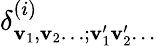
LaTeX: \delta_{\mathbf{v}_{1},\mathbf{v}_{2}\ldots;\mathbf{v}_{1}^{\prime}\mathbf{v}_{2}^{\prime}\ldots}^{(i)}